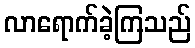
လာရောက်ခဲ့ကြသည်